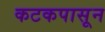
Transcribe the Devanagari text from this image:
कटकपासून